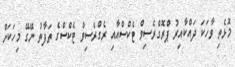
މޮޅެތި ވާހަކަ ދައްކާއިރު ޕްރޮގްރެސިވް ޓެކްސްއާއި ރެގްރެސިވް ޓެކްސްގެ ތަފާތު ނޭގޭ މިހަކަށް